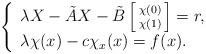
LaTeX: \begin{align*}\left\{\begin{array}{l}\lambda X - \tilde{A} X - \tilde{B} \left[ \begin{smallmatrix} \chi(0) \\ \chi(1) \end{smallmatrix} \right] = r, \\\lambda \chi(x) - c \chi_x(x) = f(x). \\\end{array}\right.\end{align*}